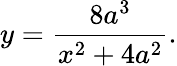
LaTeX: y={\frac{8a^{3}}{x^{2}+4a^{2}}}.